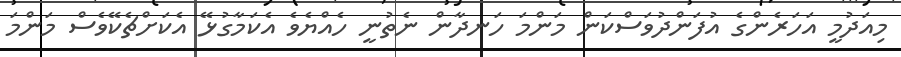
މިއަދުމީ އަހަރެންގެ އުފަންދުވަސްކަން މަންމަ ހަނދާން ނެތުނީ ހެއްޔެވެ އެކަމާގުޅޭ އެކަށްޗެކޭވެސް މަންމަ